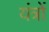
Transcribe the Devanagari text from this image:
यंंत्रों